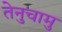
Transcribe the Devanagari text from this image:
तेनुचामु